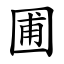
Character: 圃